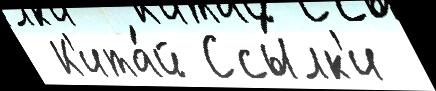
 К'ита́й Ссы́лк'и